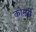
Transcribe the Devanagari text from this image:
कोम्प्री